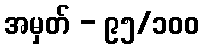
အမှတ် - ၉၅/၁၀၀